Trukikaitis_Postimees, lk 51
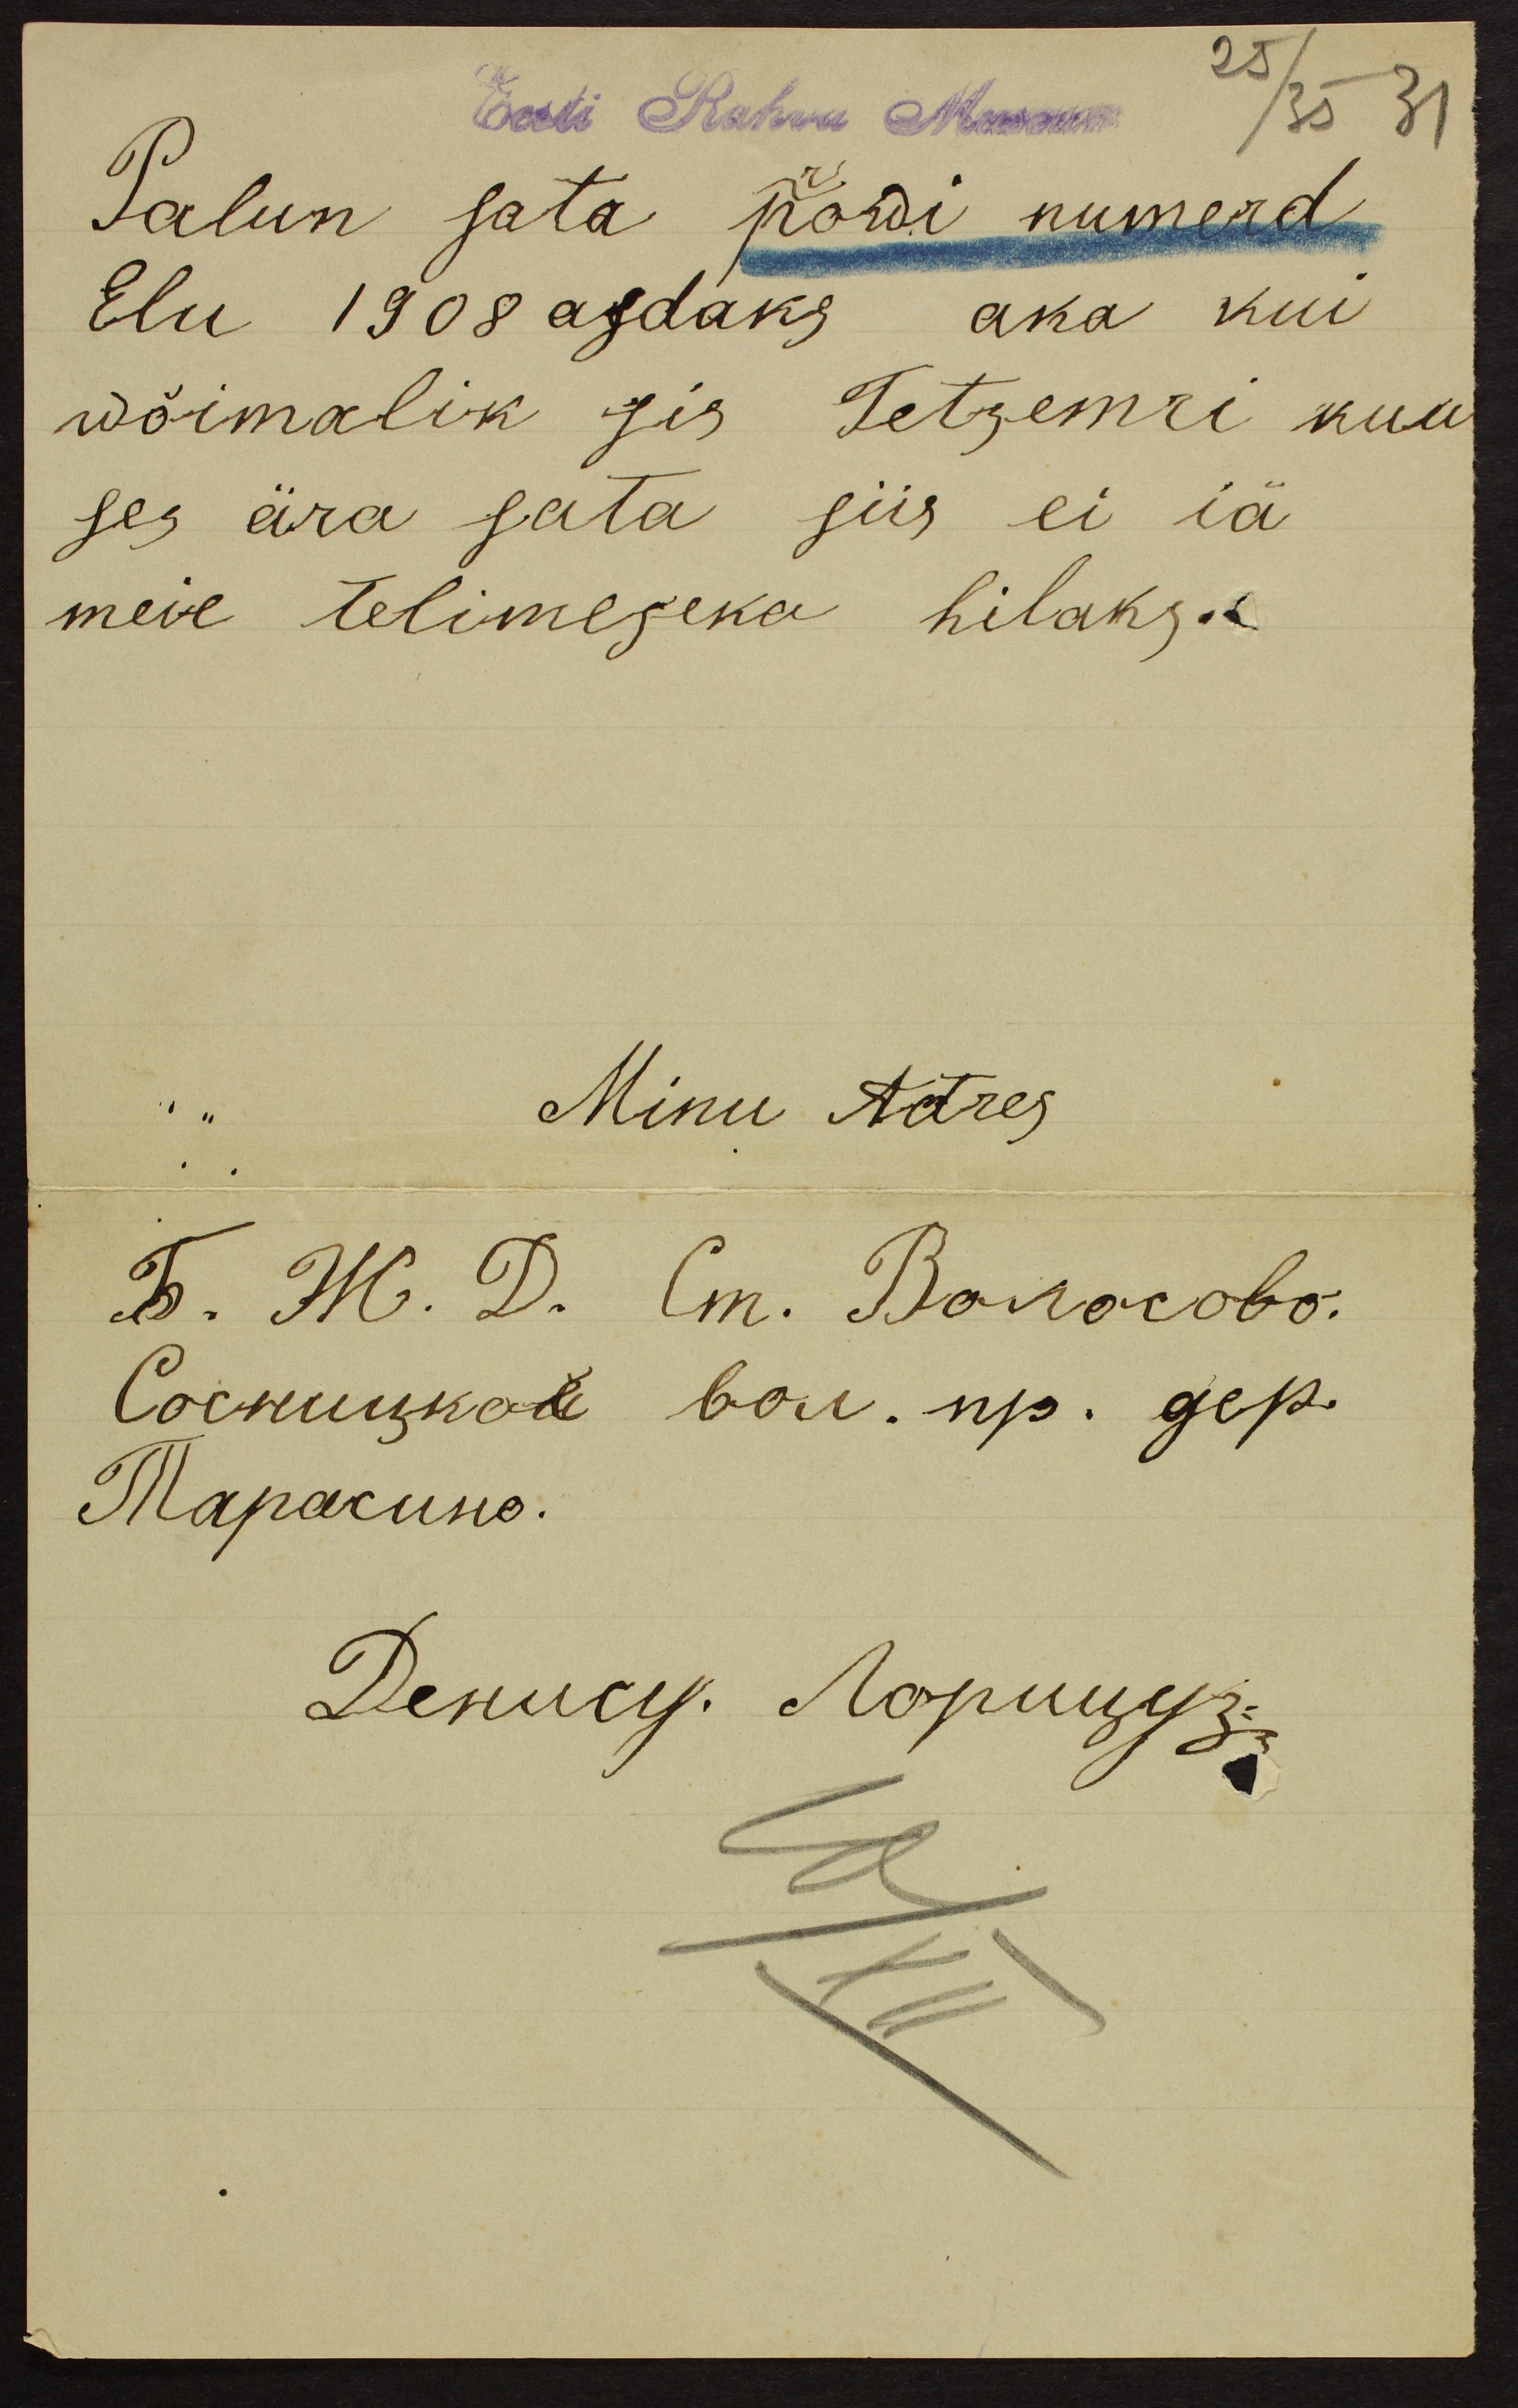
Eesti Rahva Museum
Palun sata powi numerd
Elu 1908 asdaks aka kui
wõimalik sis Tetsemri kuu
ses ära sata siis ei iä
meie telimeseka hilaks.
Minu Adres